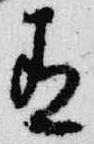
有